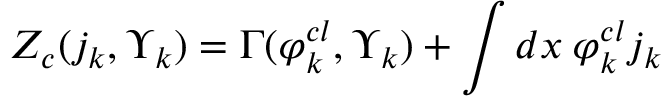
Z _ { c } ( j _ { k } , \Upsilon _ { k } ) = \Gamma ( \varphi _ { k } ^ { c l } , \Upsilon _ { k } ) + \int d x \: \varphi _ { k } ^ { c l } j _ { k }